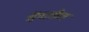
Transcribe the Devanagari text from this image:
शेंगातील